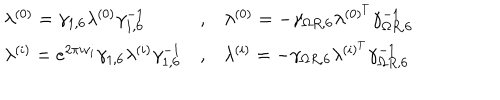
\begin{array} { l c l } { { \lambda ^ { ( 0 ) } = \gamma _ { 1 , 6 } \lambda ^ { ( 0 ) } \gamma _ { 1 , 6 } ^ { - 1 } } } & { { , } } & { { \lambda ^ { ( 0 ) } = - \gamma _ { \Omega R , 6 } \lambda ^ { ( 0 ) ^ { T } } \gamma _ { \Omega R , 6 } ^ { - 1 } } } \\ { { \lambda ^ { ( i ) } = e ^ { 2 \pi i v _ { i } } \gamma _ { 1 , 6 } \lambda ^ { ( i ) } \gamma _ { 1 , 6 } ^ { - 1 } } } & { { , } } & { { \lambda ^ { ( i ) } = - \gamma _ { \Omega R , 6 } \lambda ^ { ( i ) ^ { T } } \gamma _ { \Omega R , 6 } ^ { - 1 } } } \\ \end{array}